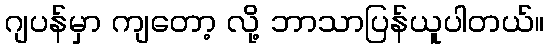
ဂျပန်မှာ ကျတော့ လို့ ဘာသာပြန်ယူပါတယ်။